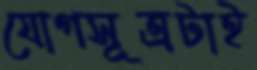
যোগসূত্রটাই